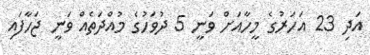
އަދި 23 އަހަރުގެ މީހާއަށް ވަނީ 5 ދުވަހުގެ މުއްދަތެއް ވަނީ ޖަހާފައި